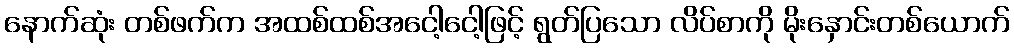
နောက်ဆုံး တစ်ဖက်က အထစ်ထစ်အငေါ့ငေါ့ဖြင့် ရွတ်ပြသော လိပ်စာကို မိုးနှောင်းတစ်ယောက်